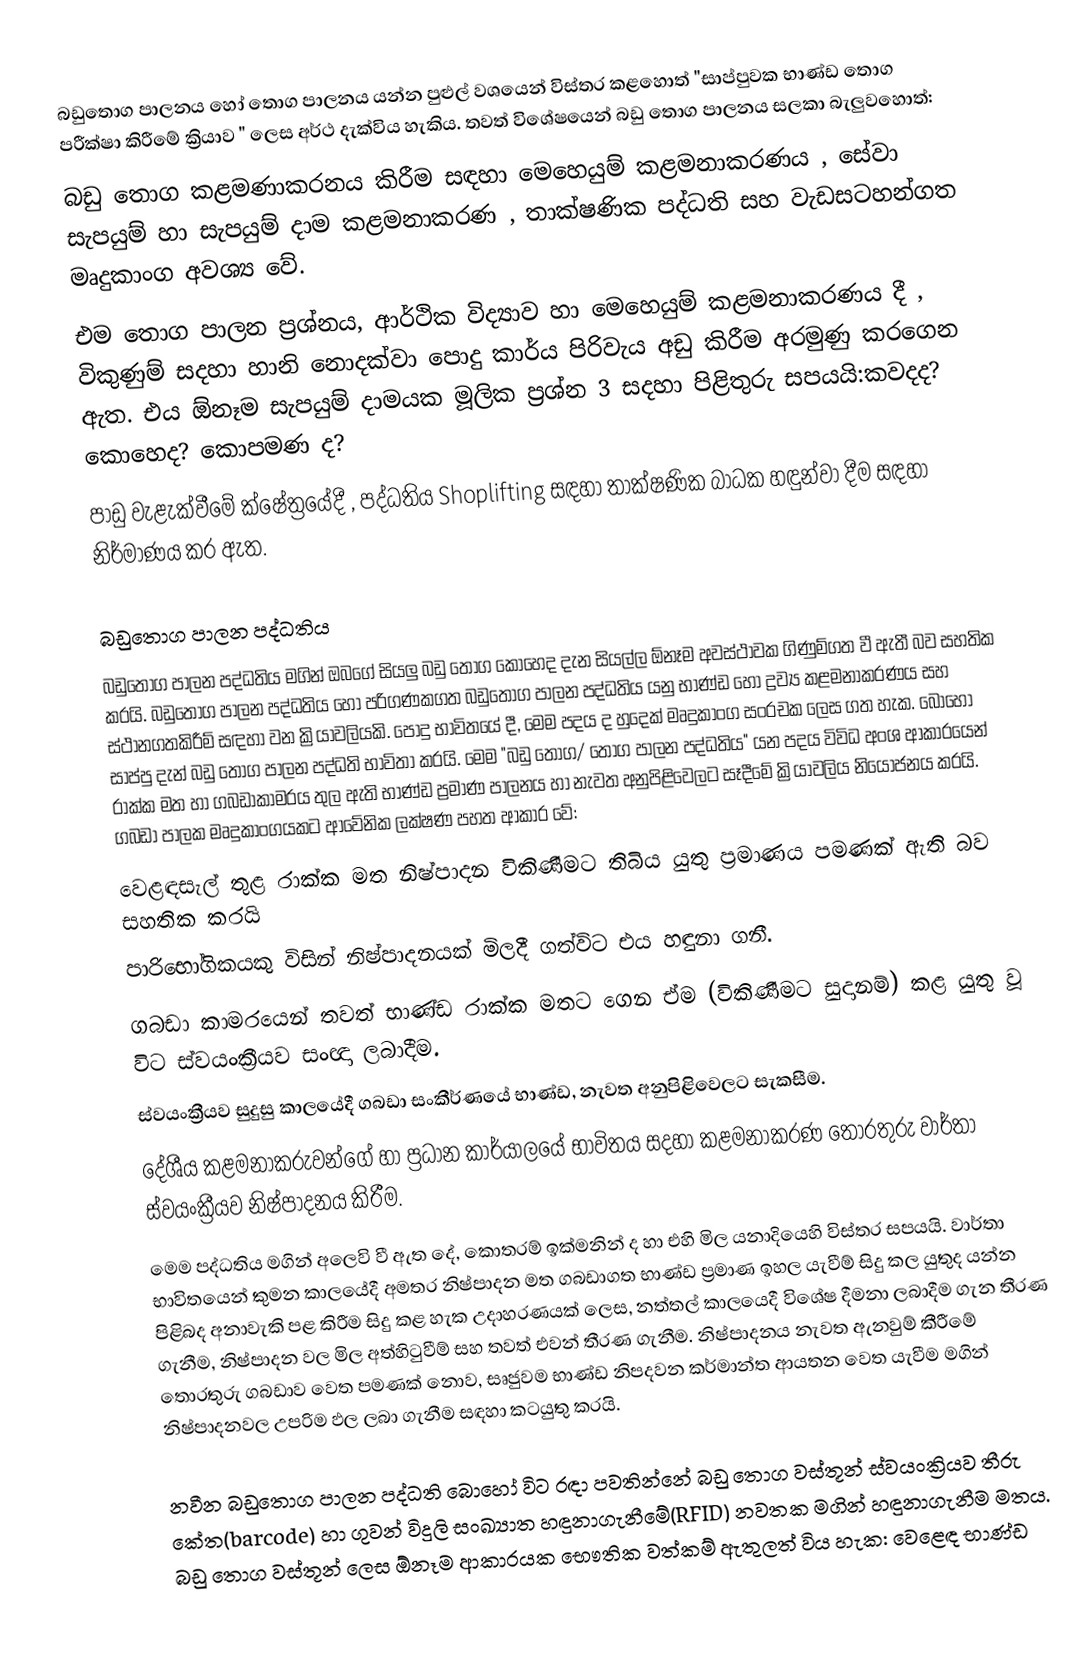
බඩුතොග පාලනය  හෝ තොග පාලනය යන්න පුළුල් වශයෙන් විස්තර කළහොත් "සාප්පුවක භාණ්ඩ තොග  පරීක්ෂා කිරීමේ ක්‍රියාව " ලෙස අර්ථ දැක්විය හැකිය. තවත් විශේෂයෙන් බඩු තොග පාලනය සලකා බැලුවහොත්:
 බඩු තොග කළමණාකරනය කිරීම සඳහා  මෙහෙයුම් කළමනාකරණය , සේවා සැපයුම් හා සැපයුම් දාම කළමනාකරණ , තාක්ෂණික පද්ධති සහ  වැඩසටහන්ගත මෘදුකාංග අවශ්‍ය වේ.
 එම තොග පාලන ප්‍රශ්නය, ආර්ථික විද්‍යාව හා මෙහෙයුම් කළමනාකරණය දී  , විකුණුම් සදහා හානි නොදක්වා පොදු කාර්ය පිරිවැය අඩු කිරීම අරමුණු කරගෙන ඇත.  එය ඕනෑම සැපයුම් දාමයක  මූලික ප්‍රශ්න 3 සදහා පිළිතුරු සපයයි:කවදද? කොහෙද? කොපමණ ද?
 පාඩු වැළැක්වීමේ ක්ෂේත්‍රයේදී , පද්ධතිය Shoplifting සඳහා තාක්ෂණික බාධක හඳුන්වා දීම සඳහා නිර්මාණය කර ඇත.

බඩුතොග පාලන පද්ධතිය
බඩුතොග පාලන පද්ධතිය මගින් ඔබගේ සියලු බඩු තොග කොහෙද දැන සියල්ල ඕනෑම අවස්ථාවක ගිණුම්ගත වී ඇතී බව  සහතික කරයි. බඩුතොග පාලන පද්ධතිය හෝ පරිගණකගත බඩුතොග පාලන පද්ධතිය යනු භාණ්ඩ හෝ ද්‍රව්‍ය කළමනාකරණය සහ ස්ථානගතකිරීම් සඳහා වන ක්‍රියාවලියකි. පොදු භාවිතයේ දී, මෙම පදය ද හුදෙක් මෘදුකාංග සංරචක ලෙස ගත හැක. බොහෝ සාප්පු දැන් බඩු තොග පාලන පද්ධති භාවිතා කරයි. මෙම "බඩු තොග/ තොග පාලන පද්ධතිය" යන පදය විවිධ අංශ ආකාරයෙන් රාක්ක මත හා ගබඩාකාමරය තුල ඇති භාණ්ඩ ප්‍රමාණ පාලනය  හා නැවත අනුපිළිවෙලට සෑදීමේ ක්‍රියාවලිය නියෝජනය කරයි. ගබඩා  පාලක මෘදුකාංගයකට  ආවේනික ලක්ෂණ පහත ආකාර වේ: 
 වෙළඳසැල් තුළ රාක්ක මත නිෂ්පාදන විකිණීමට තිබිය යුතු  ප්‍රමාණය පමණක් ඇති බව සහතික කරයි
 පාරිභෝගිකයකු විසින් නිෂ්පාදනයක් මිලදී ගත්විට එය  හඳුනා ගනී.
 ගබඩා කාමරයෙන් තවත් භාණ්ඩ රාක්ක මතට ගෙන ඒම (විකිණීමට සුදානම්) කළ යුතු වූ විට ස්වයංක්‍රීයව සංඥා ලබාදීම.
 ස්වයංක්‍රීයව සුදුසු කාලයේදී ගබඩා සංකීර්ණයේ භාණ්ඩ, නැවත අනුපිළිවෙලට සැකසීම.
 දේශීය කළමනාකරුවන්ගේ හා ප්‍රධාන කාර්යාලයේ  භාවිතය සදහා  කළමනාකරණ තොරතුරු වාර්තා ස්වයංක්‍රීයව නිෂ්පාදනය කිරීම.
මෙම පද්ධතිය මගින් අලෙවි වී ඇත දේ, කොතරම් ඉක්මනින් ද හා එහි මිල යනාදියෙහි විස්තර සපයයි. වාර්තා භාවිතයෙන් කුමන කාලයේදී අමතර නිෂ්පාදන මත ගබඩාගත භාණ්ඩ ප්‍රමාණ ඉහල යැවීම් සිදු කල යුතුද යන්න  පිළිබද  අනාවැකි පළ කිරීම සිදු කළ හැක උදාහරණයක් ලෙස, නත්තල් කාලයෙදී  විශේෂ දීමනා ලබාදීම  ගැන තීරණ ගැනීම, නිෂ්පාදන වල මිල අත්හිටුවීම් සහ තවත් එවන් තීරණ ගැනීම. නිෂ්පාදනය නැවත ඇනවුම් කීරීමේ තොරතුරු ගබඩාව වෙත පමණක් නොව, සෘජුවම භාණ්ඩ නිපදවන කර්මාන්ත ආයතන වෙත  යැවීම  මගින් නිෂ්පාදනවල උපරිම ඵල ලබා ගැනීම සඳහා කටයුතු කරයි.

නවීන බඩුතොග පාලන පද්ධති බොහෝ විට රඳා පවතින්නේ බඩු තොග වස්තූන් ස්වයංක්‍රියව  තීරු කේත(barcode) හා ගුවන් විදුලි සංඛ්‍යාත හඳුනාගැනීමේ(RFID) නවතක  මගින්   හඳුනාගැනීම මතය. බඩු තොග වස්තූන් ලෙස ඕනෑම ආකාරයක භෞතික වත්කම් ඇතුලත් විය හැක: වෙළෙඳ භාණ්ඩ